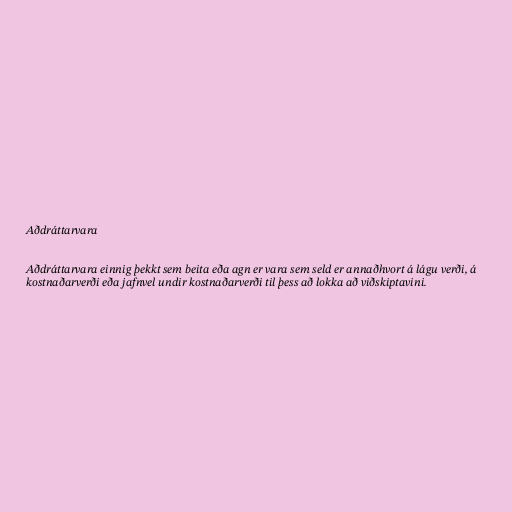
Aðdráttarvara

Aðdráttarvara einnig þekkt sem beita eða agn er vara sem seld er annaðhvort á lágu verði, á
kostnaðarverði eða jafnvel undir kostnaðarverði til þess að lokka að viðskiptavini.